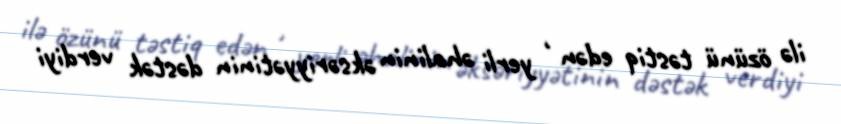
ilə özünü təstiq edən , yerli əhalinin əksəriyyətinin dəstək verdiyi